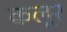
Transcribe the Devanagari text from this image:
कलूर